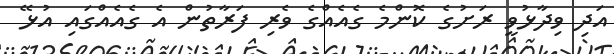
އަދި ވިދާޅުވީ ރަށުގެ ކޮންމެ ގެއެއްގެ ވެރި ފަރާތުން އެ ގެއެއްގައި އުޅޭ